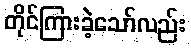
တိုင်ကြားခဲ့သော်လည်း